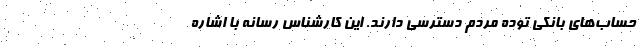
حساب‌های بانکی توده مردم دسترسی دارند. این کارشناس رسانه با اشاره